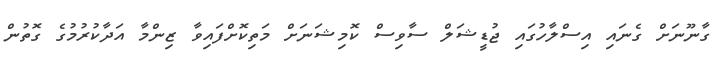
ގާނޫނަށް ގެނައި އިސްލާހުގައި ޖުޑީޝަލް ސާވިސް ކޮމިޝަނަށް މަތިކޮށްފައިވާ ޒިންމާ އަދާކުރުމުގެ ގޮތުން